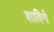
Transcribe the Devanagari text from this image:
शाविगे